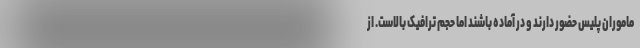
ماموران پلیس حضور دارند و در آماده باشند اما حجم ترافیک بالاست. از